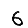
Digit: 6